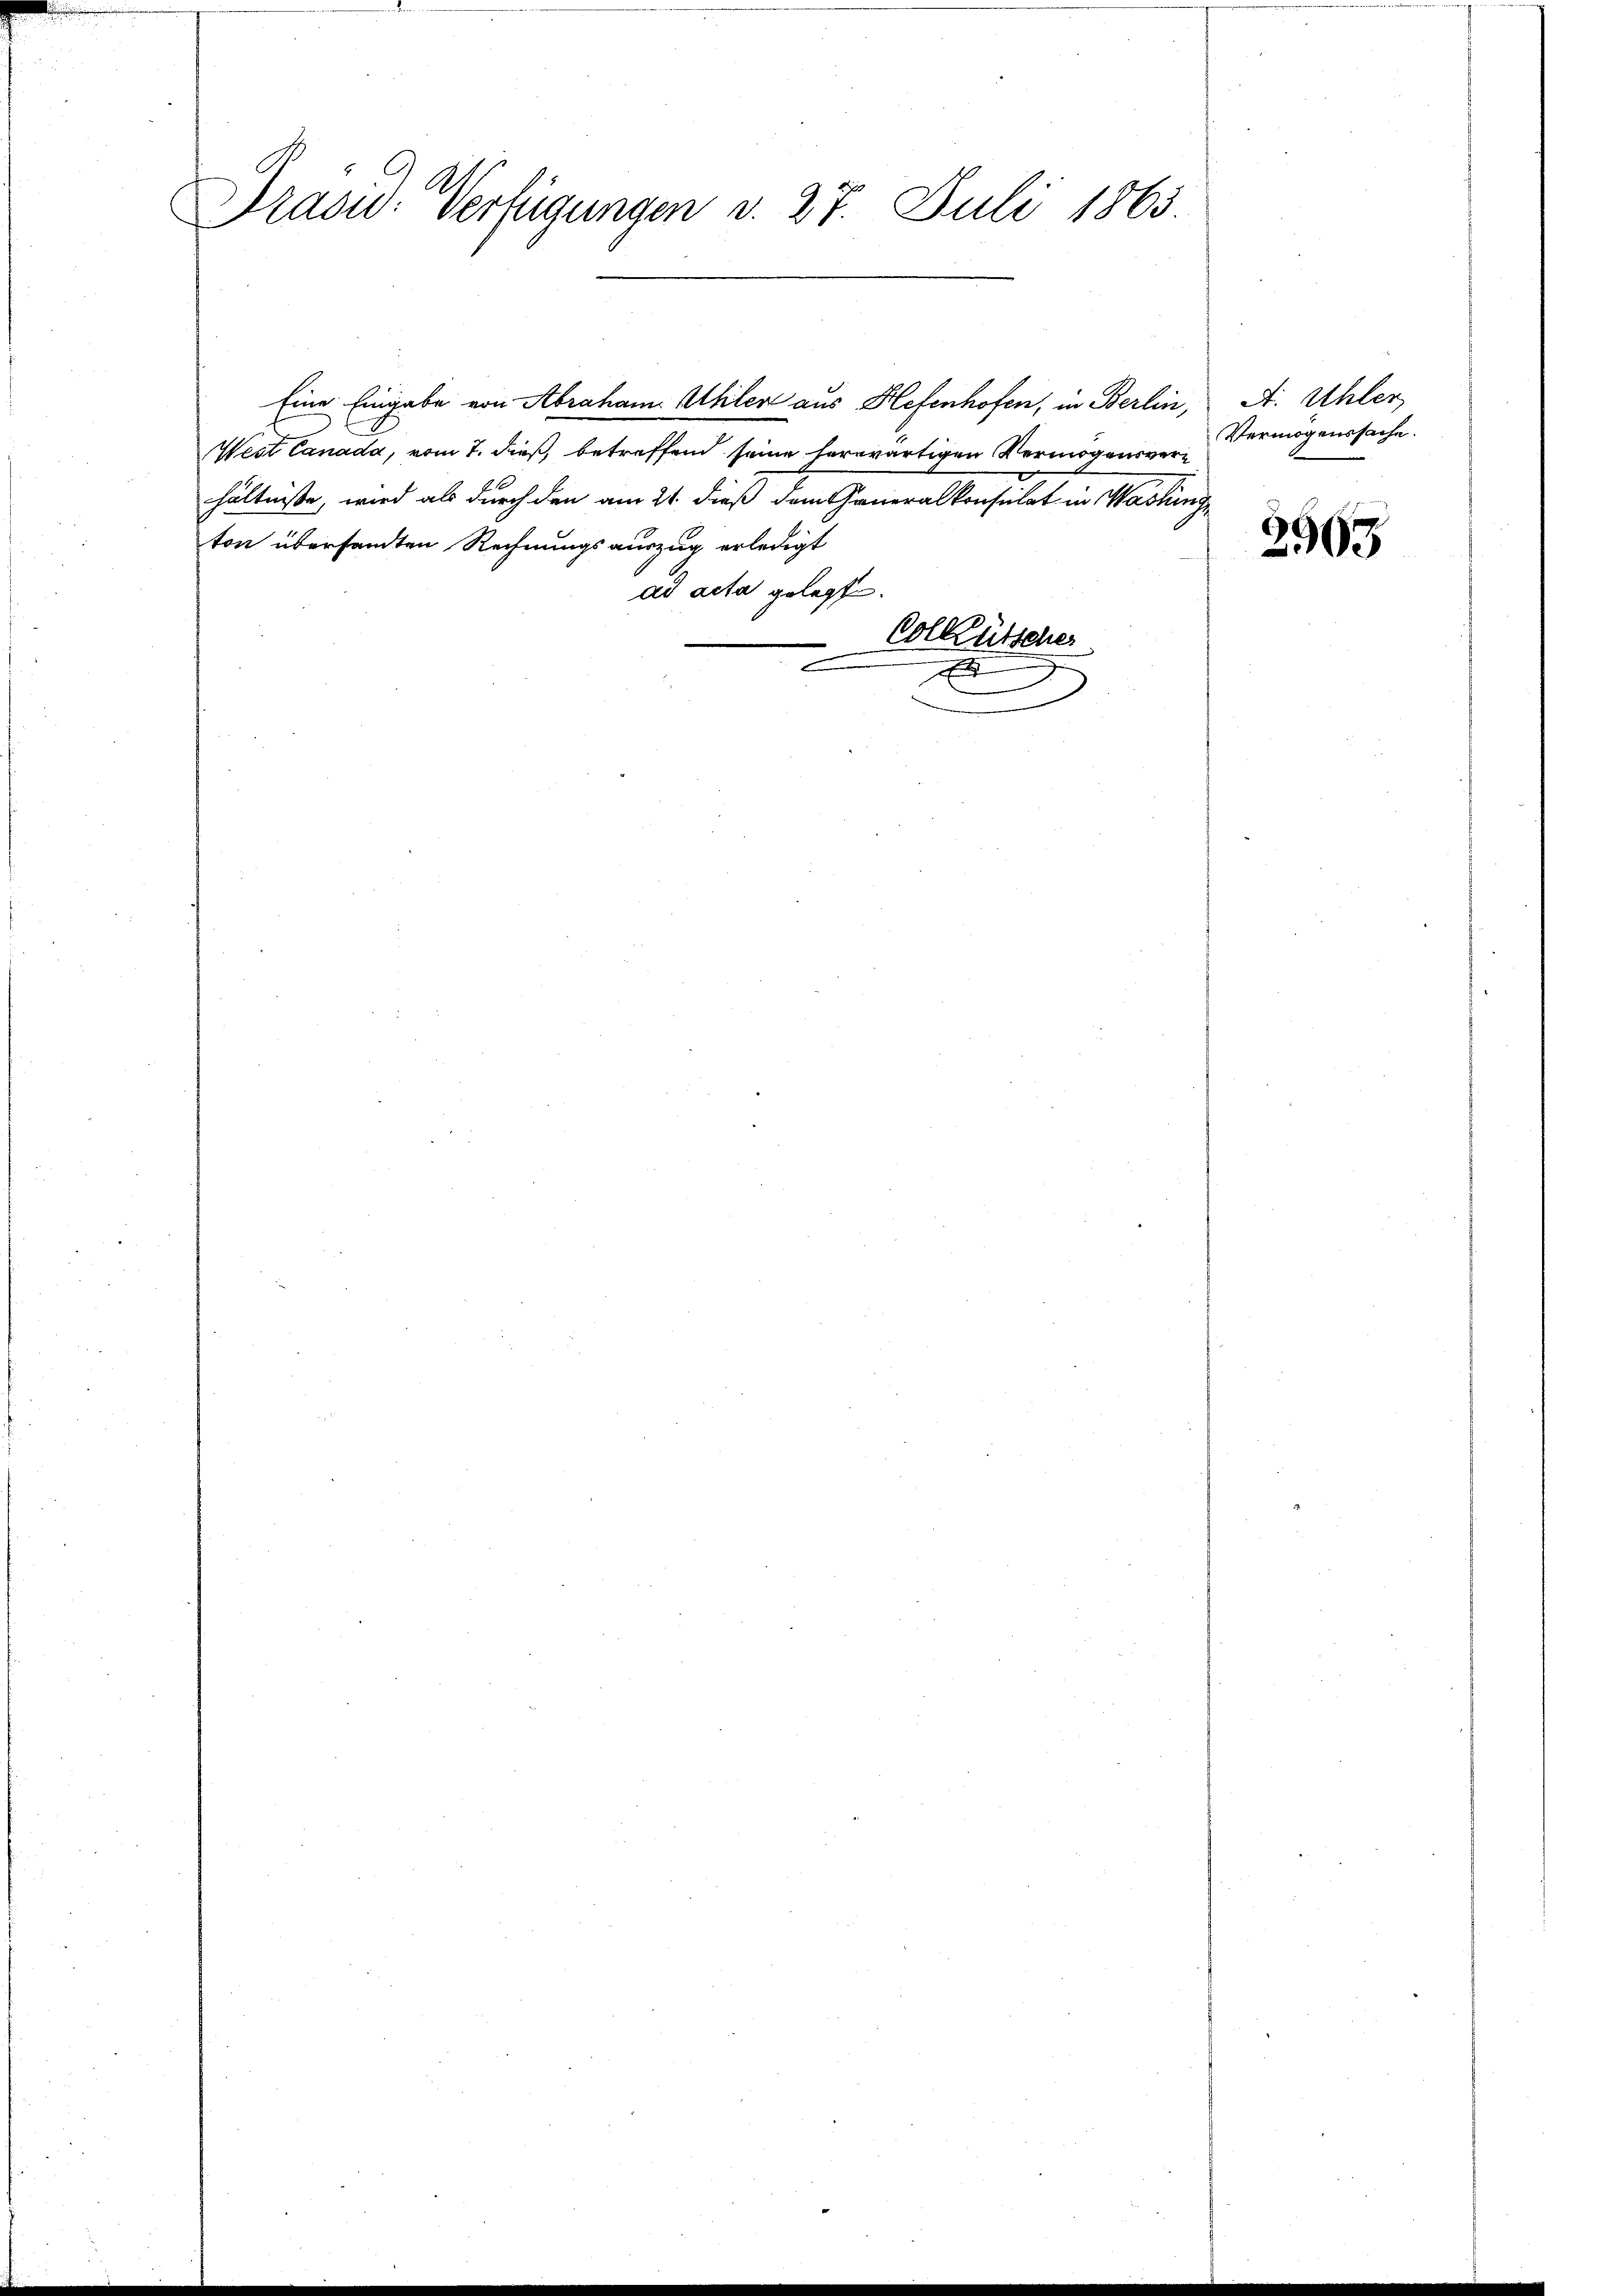
Trasu: Verfügungen d. 27. Juli 1863.

Eine Eingabe von Abraham. Ahler aus Hefenhofen, in Berlin, A. Uhler
West Canada, vom 7. dieß, betreffend seine herwärtigen Vermögensverhältnisse, wird als durch den am 21. dieß dem Generalkonsulat in Washing
ton übersandten Rechnungsauszug erledigt
ad acta gelegte.
Colkütscher
E

Vermögenssache.

2965